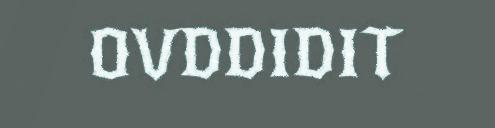
OVDDIDIT